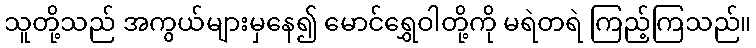
သူတို့သည် အကွယ်များမှနေ၍ မောင်ရွှေဝါတို့ကို မရဲတရဲ ကြည့်ကြသည်။